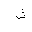
Letter: _shin